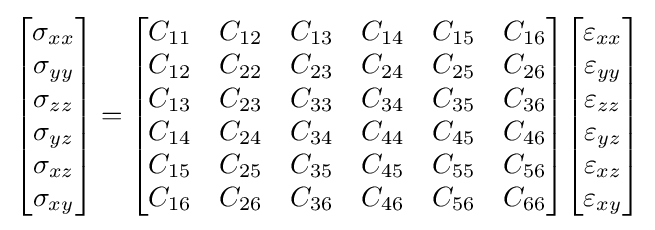
{\begin{bmatrix}\sigma _{xx}\\\sigma _{yy}\\\sigma _{zz}\\\sigma _{yz}\\\sigma _{xz}\\\sigma _{xy}\end{bmatrix}}={\begin{bmatrix}C_{11}&C_{12}&C_{13}&C_{14}&C_{15}&C_{16}\\C_{12}&C_{22}&C_{23}&C_{24}&C_{25}&C_{26}\\C_{13}&C_{23}&C_{33}&C_{34}&C_{35}&C_{36}\\C_{14}&C_{24}&C_{34}&C_{44}&C_{45}&C_{46}\\C_{15}&C_{25}&C_{35}&C_{45}&C_{55}&C_{56}\\C_{16}&C_{26}&C_{36}&C_{46}&C_{56}&C_{66}\end{bmatrix}}{\begin{bmatrix}\varepsilon _{xx}\\\varepsilon _{yy}\\\varepsilon _{zz}\\\varepsilon _{yz}\\\varepsilon _{xz}\\\varepsilon _{xy}\end{bmatrix}}